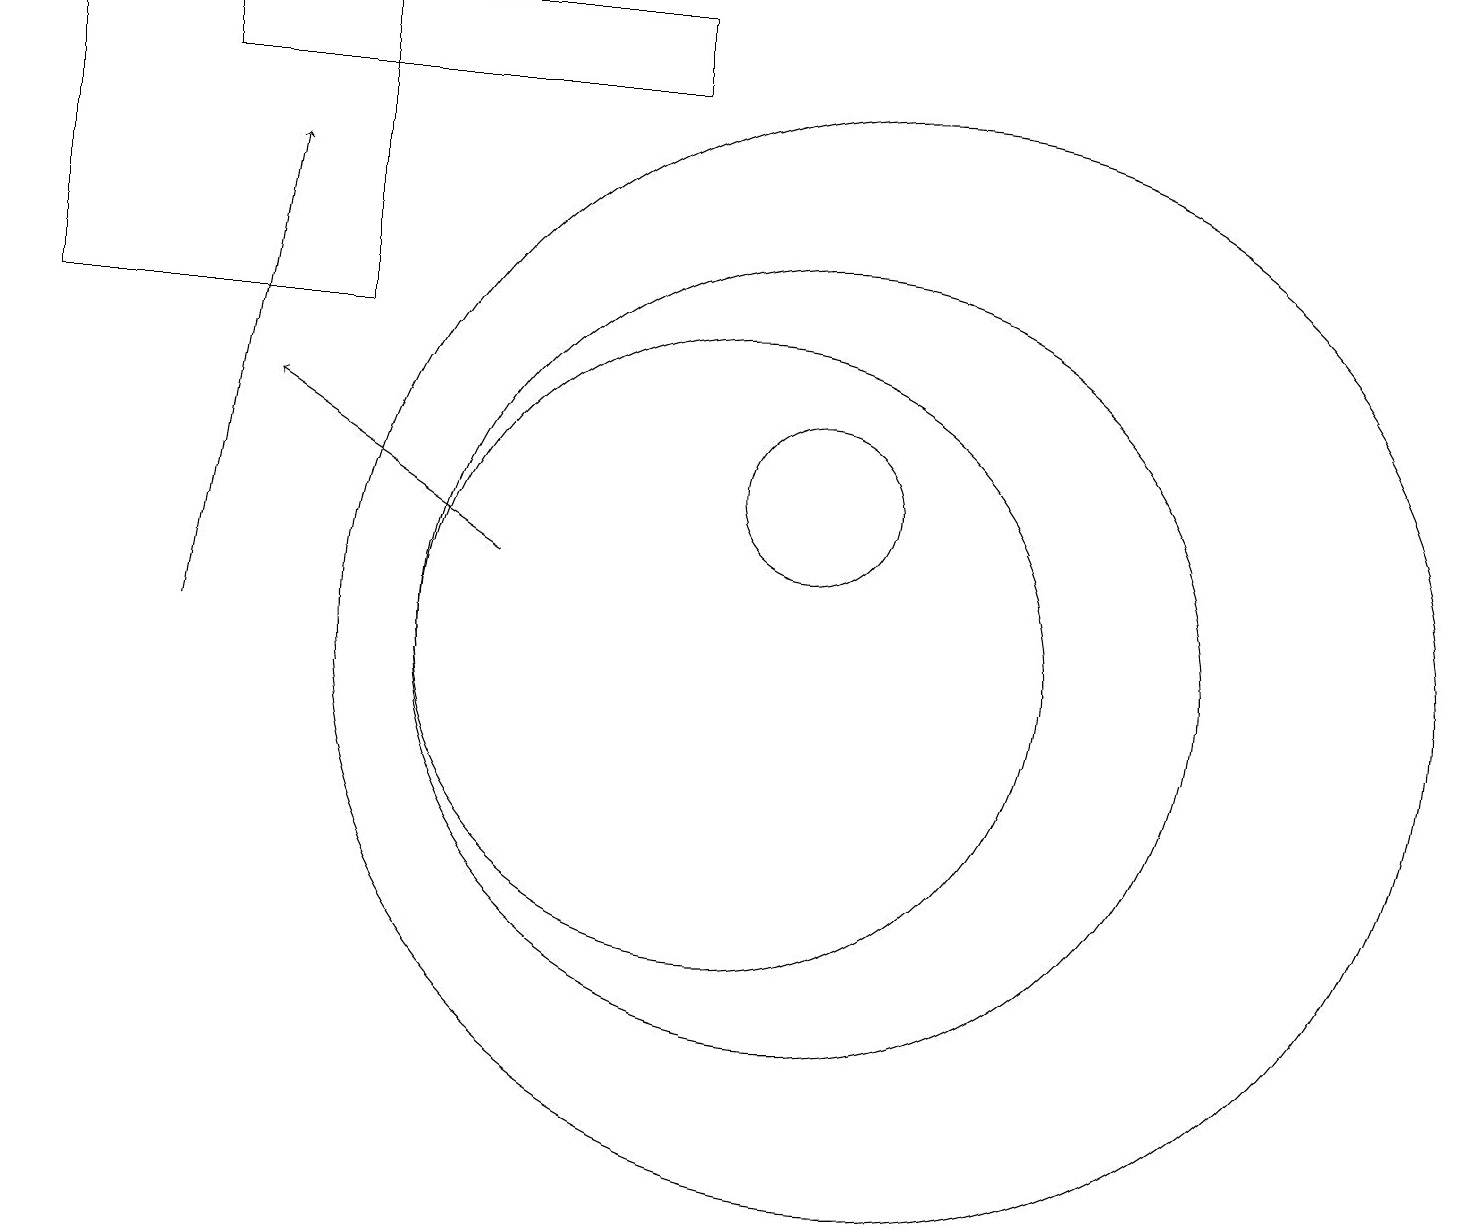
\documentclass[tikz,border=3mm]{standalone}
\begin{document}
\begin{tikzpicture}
\draw (5,18) rectangle (1,14);
\draw (12,10) circle (7);
\draw (11,12) circle (1);
\draw[->] (7,11) -- (4,13);
\draw (11,10) circle (5);
\draw[->] (3,10) -- (4,16);
\draw (3,17) rectangle (9,18);
\draw (10,10) circle (4);
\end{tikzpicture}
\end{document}